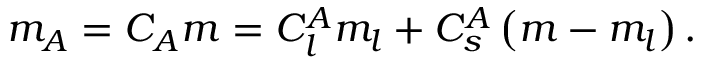
m _ { A } = C _ { A } m = C _ { l } ^ { A } m _ { l } + C _ { s } ^ { A } \left( m - m _ { l } \right) .